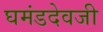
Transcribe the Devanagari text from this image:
घमंडदेवजी